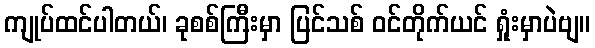
ကျုပ်ထင်ပါတယ်၊ ခုစစ်ကြီးမှာ ပြင်သစ် ဝင်တိုက်ယင် ရှုံးမှာပဲဗျ။